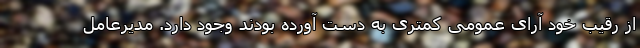
از رقیب خود آرای عمومی کمتری به دست آورده بودند وجود دارد. مدیرعامل